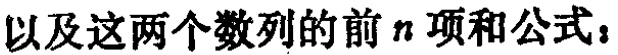
以及这两个数列的前 \(n\) 项和公式：